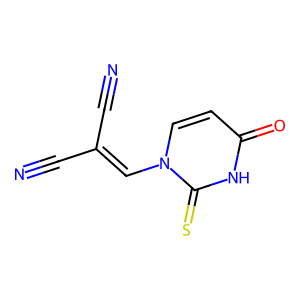
SMILES: N#CC(C#N)=Cn1ccc(=O)[nH]c1=S
Inhibits HIV replication: No